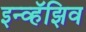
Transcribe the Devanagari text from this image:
इन्व्हॅझिव